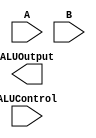
`timescale 1ns / 1ps
//////////////////////////////////////////////////////////////////////////////////
// Company: 
// Engineer: 
// 
// Design Name: 
// Module Name: ALU32bit
// Project Name: 
// Target Devices: 
// Tool Versions: 
// Description: 
// 
// Dependencies: 
// 
// Revision:
// Revision 0.01 - File Created
// Additional Comments:
// 
//////////////////////////////////////////////////////////////////////////////////


module ALU32bit(
    input [2:0] ALUControl,
    input [31:0] A,
    input [31:0] B,
    
    output [31:0] ALUOutput
    );
endmodule